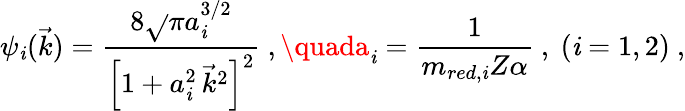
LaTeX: \psi_{\mathit{i}}(\vec{{k}})=\frac{{8\sqrt{}{{\pi}}a_{\mathit{i}}^{3/2}}}{{\left[1+a_{\mathit{i}}^{2}\, \vec{{k}}^{2}\right]^{2}}}\ ,\quada_{\mathit{i}}=\frac{{1}}{{m_{red,\mathit{i}}Z\alpha}}\ ,\ (\mathit{i}=1,2)\ ,